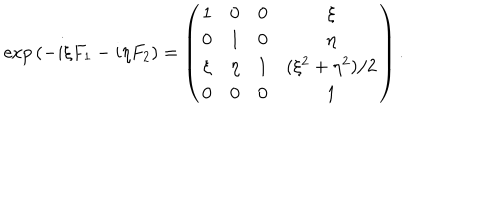
\exp { \left( - i \xi F _ { 1 } - i \eta F _ { 2 } \right) } = \left( \begin{matrix} { { 1 } } & { { 0 } } & { { 0 } } & { { \xi } } \\ { { 0 } } & { { 1 } } & { { 0 } } & { { \eta } } \\ { { \xi } } & { { \eta } } & { { 1 } } & { { ( \xi ^ { 2 } + \eta ^ { 2 } ) / 2 } } \\ { { 0 } } & { { 0 } } & { { 0 } } & { { 1 } } \\ \end{matrix} \right) .